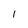
Character: I